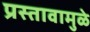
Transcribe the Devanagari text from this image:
प्रस्तावामुळे